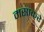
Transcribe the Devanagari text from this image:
मसाकरे